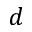
d